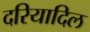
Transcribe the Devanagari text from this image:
दरियादिल